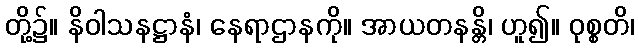
တို့၌။ နိဝါသနဋ္ဌာနံ၊ နေရာဌာနကို။ အာယတနန္တိ၊ ဟူ၍။ ဝုစ္စတိ၊